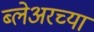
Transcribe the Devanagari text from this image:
ब्लेअरच्या